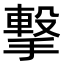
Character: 撃